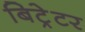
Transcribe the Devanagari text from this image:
बिट्रेटर